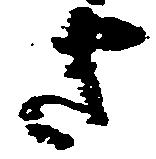
さ